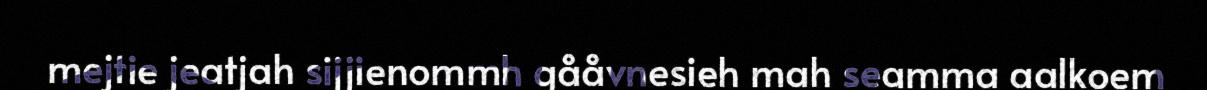
mejtie jeatjah sijjienommh gååvnesieh mah seamma aalkoem